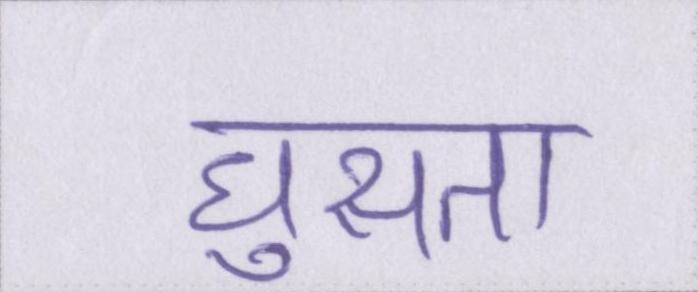
घुसता